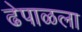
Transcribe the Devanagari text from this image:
ढेपाळला